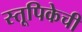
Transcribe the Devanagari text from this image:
स्तूपिकेची